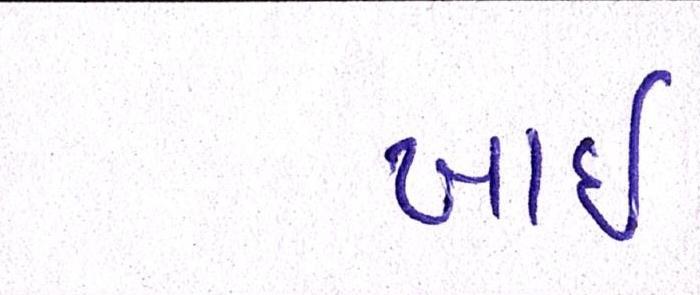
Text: ખાઈ